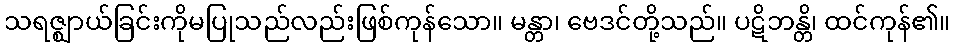
သရဇ္ဈာယ်ခြင်းကိုမပြုသည်လည်းဖြစ်ကုန်သော။ မန္တာ၊ ဗေဒင်တို့သည်။ ပဋိဘန္တိ၊ ထင်ကုန်၏။